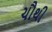
ચૌથી